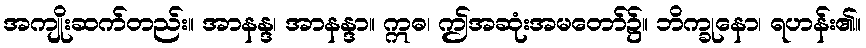
အကျိုးဆက်တည်း။ အာနန္ဒ၊ အာနန္ဒာ။ ဣဓ၊ ဤအဆုံးအမတော်၌။ ဘိက္ခုနော၊ ရဟန်း၏။